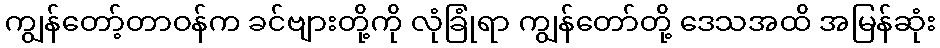
ကျွန်တော့်တာဝန်က ခင်ဗျားတို့ကို လုံခြုံရာ ကျွန်တော်တို့ ဒေသအထိ အမြန်ဆုံး